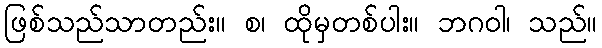
ဖြစ်သည်သာတည်း။ စ၊ ထိုမှတစ်ပါး။ ဘဂဝါ၊ သည်။